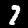
Digit: 7